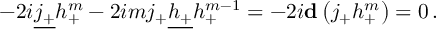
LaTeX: - 2 i \underline { { { j _ { + } } } } h _ { + } ^ { m } - 2 i m j _ { + } \underline { { { h _ { + } } } } h _ { + } ^ { m - 1 } = - 2 i { \bf d } \left( j _ { + } h _ { + } ^ { m } \right) = 0 \, .